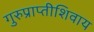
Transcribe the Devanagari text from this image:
गुरुप्राप्तीशिवाय